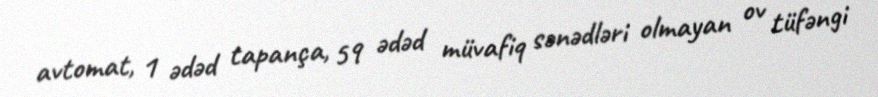
avtomat, 1 ədəd tapança, 59 ədəd müvafiq sənədləri olmayan ov tüfəngi